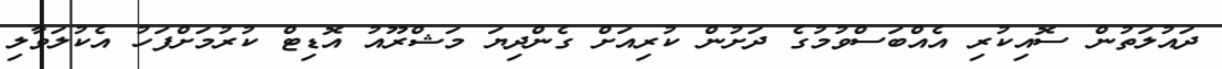
ދައުލަތުން ސޮއިކުރި އެއްބަސްވުމުގެ ދަށުން ކުރިއަށް ގެންދިޔަ މަޝްރޫއު އޮޑިޓް ކުރުމަށްފަހު އެކުލަވާލި